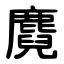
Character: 麑